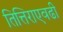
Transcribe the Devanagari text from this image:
तित्तिराएवढी